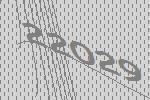
22029